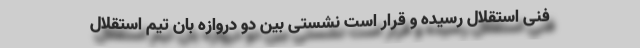
فنی استقلال رسیده و قرار است نشستی بین دو دروازه بان تیم استقلال